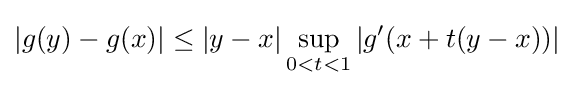
|g(y)-g(x)|\leq |y-x|\sup _{0<t<1}|g'(x+t(y-x))|